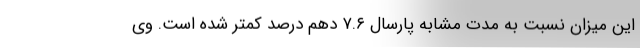
این میزان نسبت به مدت مشابه پارسال ۷.۶ ‌دهم درصد کمتر شده است. وی